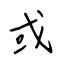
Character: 或